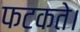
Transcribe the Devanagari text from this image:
फटकते।